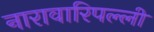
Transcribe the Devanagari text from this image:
नारावारिपल्ली